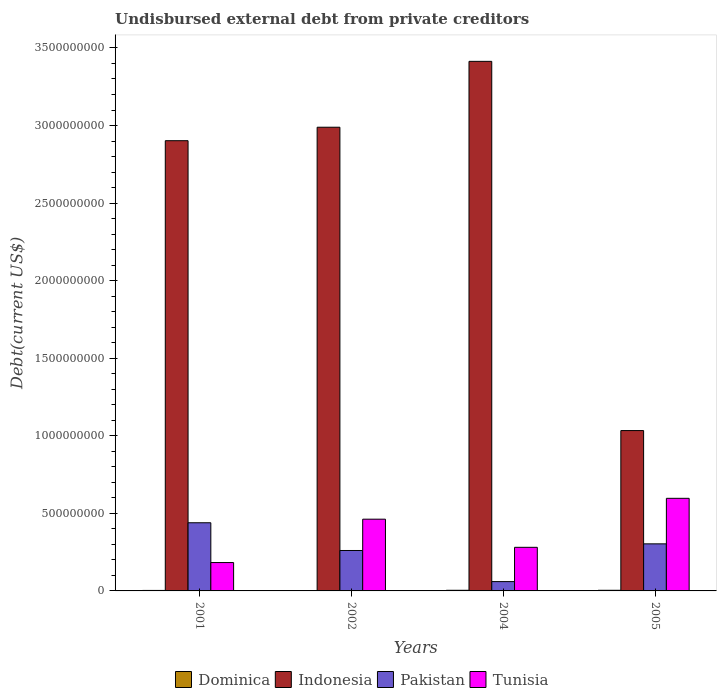
| Years | Dominica | Indonesia | Pakistan | Tunisia |
 | --- | --- | --- | --- | --- |
 | 2001 | 3.20e+06 | 2.9e+09 | 4.39e+08 | 1.83e+08 |
 | 2002 | 1.44e+06 | 2.99e+09 | 2.61e+08 | 4.62e+08 |
 | 2004 | 4.12e+06 | 3.41e+09 | 6.01e+07 | 2.81e+08 |
 | 2005 | 4.08e+06 | 1.03e+09 | 3.03e+08 | 5.97e+08 |